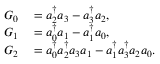
\begin{array} { r l } { G _ { 0 } } & { { } = a _ { 2 } ^ { \dagger } a _ { 3 } - a _ { 3 } ^ { \dagger } a _ { 2 } , } \\ { G _ { 1 } } & { { } = a _ { 0 } ^ { \dagger } a _ { 1 } - a _ { 1 } ^ { \dagger } a _ { 0 } , } \\ { G _ { 2 } } & { { } = a _ { 0 } ^ { \dagger } a _ { 2 } ^ { \dagger } a _ { 3 } a _ { 1 } - a _ { 1 } ^ { \dagger } a _ { 3 } ^ { \dagger } a _ { 2 } a _ { 0 } . } \end{array}